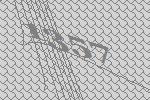
1357